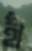
হাঁ